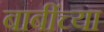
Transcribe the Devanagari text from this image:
बाबींच्‍या